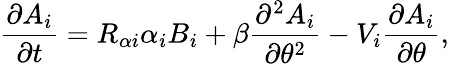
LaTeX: {\frac{\partial A_{i}}{\partial t}}=R_{\alpha i}\alpha_{i}B_{i}+\beta{\frac{\partial^{2}A_{i}}{\partial\theta^{2}}}-V_{i}{\frac{\partial A_{i}}{\partial\theta}},